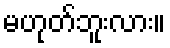
မဟုတ်ဘူးလား။